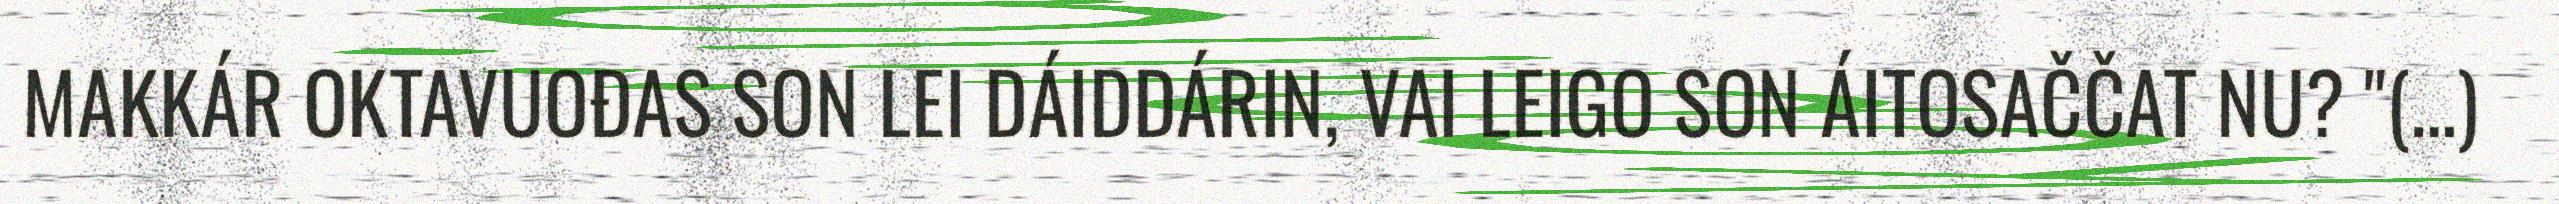
MAKKÁR OKTAVUOĐAS SON LEI DÁIDDÁRIN, VAI LEIGO SON ÁITOSAČČAT NU? "(…)